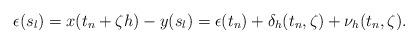
LaTeX: \begin{align*} \epsilon(s_l)=x(t_n+\zeta h)-y(s_l)=\epsilon(t_n)+\delta_h(t_n,\zeta)+ \nu_{h}(t_n,\zeta).\end{align*}